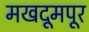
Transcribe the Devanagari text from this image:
मखदूमपूर